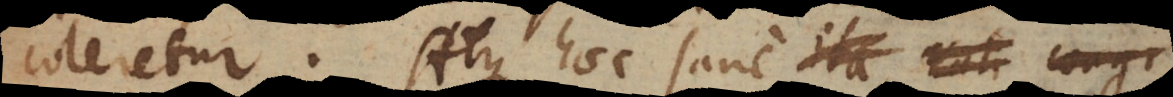
coleretur. Atque haec sane convenienter